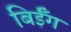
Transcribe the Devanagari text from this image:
बिईँग